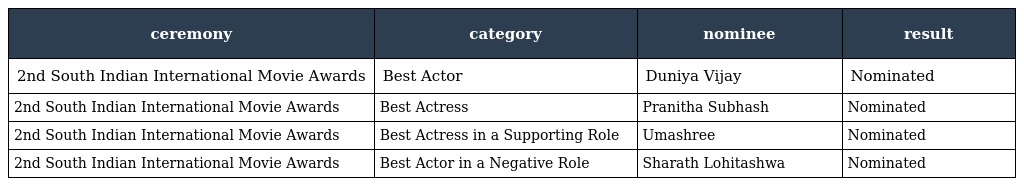
| ceremony | category | nominee | result |
 | --- | --- | --- | --- |
 | 2nd South Indian International Movie Awards | Best Actor | Duniya Vijay | Nominated |
 | 2nd South Indian International Movie Awards | Best Actress | Pranitha Subhash | Nominated |
 | 2nd South Indian International Movie Awards | Best Actress in a Supporting Role | Umashree | Nominated |
 | 2nd South Indian International Movie Awards | Best Actor in a Negative Role | Sharath Lohitashwa | Nominated |